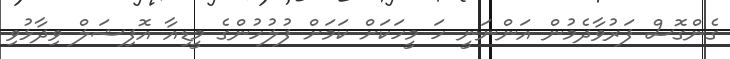
ގެންގޮސް ފަރުވާދެމުން އަންނަނީ ހަ މީހަކަށް ކަމަށް ފުލުހުންގެ މީޑިއާ އޮފިޝަލް ވިދާޅުވި